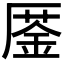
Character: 𠪜